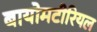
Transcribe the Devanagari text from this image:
बायोमटीरियल